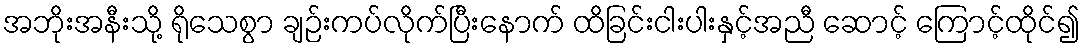
အဘိုးအနီးသို့ ရိုသေစွာ ချဉ်းကပ်လိုက်ပြီးနောက် ထိခြင်းငါးပါးနှင့်အညီ ဆောင့် ကြောင့်ထိုင်၍